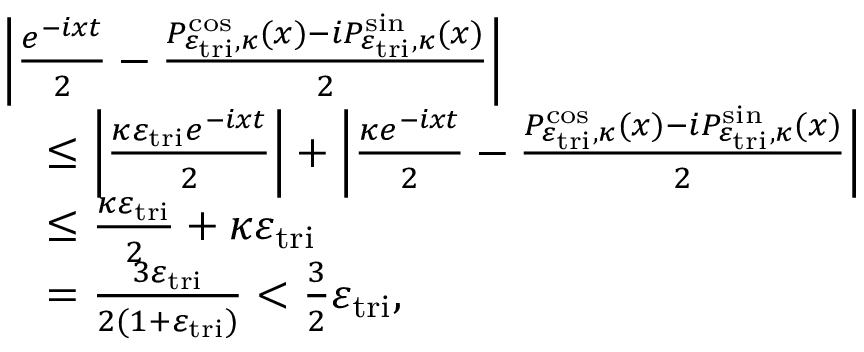
\begin{array} { r l } & { \left| \frac { e ^ { - i x t } } { 2 } - \frac { P _ { \varepsilon _ { \mathrm { t r i } } , \kappa } ^ { \cos } ( x ) - i P _ { \varepsilon _ { \mathrm { t r i } } , \kappa } ^ { \sin } ( x ) } { 2 } \right| } \\ & { \quad \leq \left| \frac { \kappa \varepsilon _ { \mathrm { t r i } } e ^ { - i x t } } { 2 } \right| + \left| \frac { \kappa e ^ { - i x t } } { 2 } - \frac { P _ { \varepsilon _ { \mathrm { t r i } } , \kappa } ^ { \cos } ( x ) - i P _ { \varepsilon _ { \mathrm { t r i } } , \kappa } ^ { \sin } ( x ) } { 2 } \right| } \\ & { \quad \leq \frac { \kappa \varepsilon _ { \mathrm { t r i } } } { 2 } + \kappa \varepsilon _ { \mathrm { t r i } } } \\ & { \quad = \frac { 3 \varepsilon _ { \mathrm { t r i } } } { 2 ( 1 + \varepsilon _ { \mathrm { t r i } } ) } < \frac { 3 } { 2 } \varepsilon _ { \mathrm { t r i } } , } \end{array}